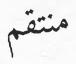
منتقم